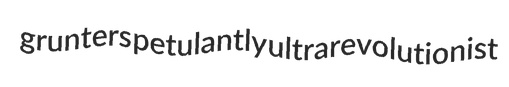
grunters petulantly ultrarevolutionist